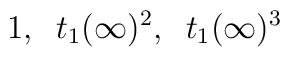
1,\;\; t_1(\infty)^2,\;\;t_1(\infty)^3